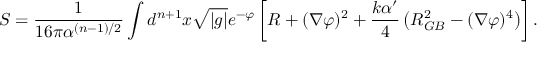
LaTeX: S = { \frac { 1 } { 1 6 \pi \alpha ^ { ( n - 1 ) / 2 } } } \int d ^ { n + 1 } x \sqrt { | g | } e ^ { - \varphi } \left[ R + ( \nabla \varphi ) ^ { 2 } + { \frac { k \alpha ^ { \prime } } { 4 } } \left( R _ { G B } ^ { 2 } - ( \nabla \varphi ) ^ { 4 } \right) \right] .